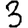
Digit: 3